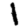
Digit: 1